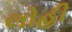
લોહી